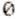
0